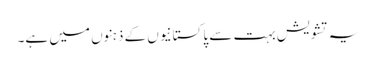
یہ تشویش بہت سے پاکستانیوں کے ذہنوں میں ہے۔